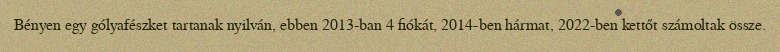
Bényen egy gólyafészket tartanak nyilván, ebben 2013-ban 4 fiókát, 2014-ben hármat, 2022-ben kettőt számoltak össze.